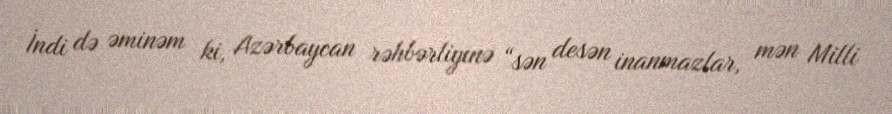
İndi də əminəm ki, Azərbaycan rəhbərliyinə “sən desən inanmazlar, mən Milli